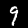
Label: 9